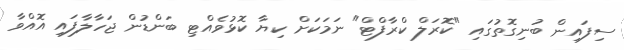
ސިފައިން ބުނިގޮތުގައި "ކޮރަލް ކްރާފްޓް" ނަމަކަށް ކިޔާ ކޮޅުވެއްޓި ބަންޑުން ޖަހާލާފައި އޮއްވާ